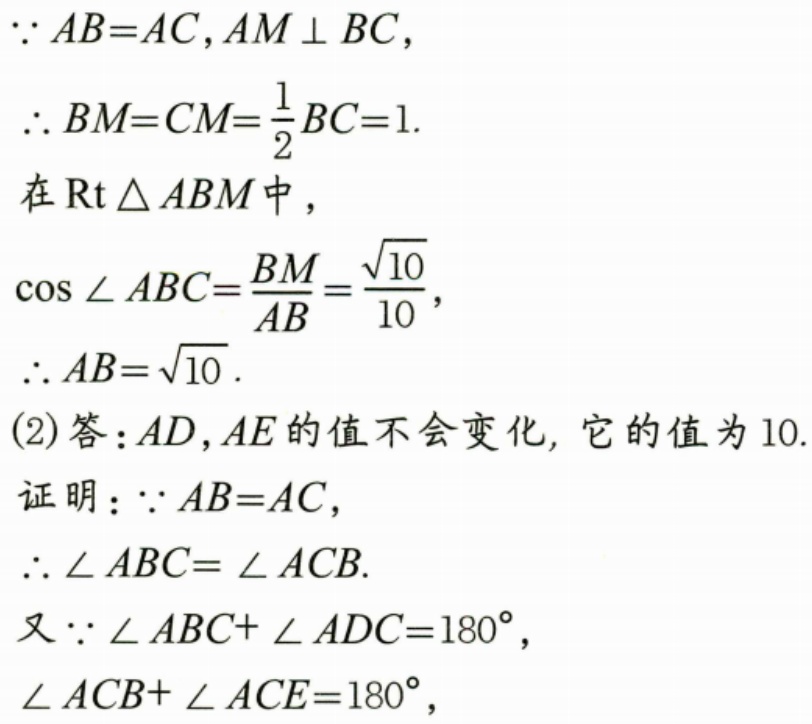
\(\because AB = AC, AM\perp BC\)，
\(\therefore BM = CM=\frac{1}{2}BC = 1.\)
在\(\text{Rt}\triangle ABM\)中，
\(\cos\angle ABC=\frac{BM}{AB}=\frac{\sqrt{10}}{10}\)，
\(\therefore AB = \sqrt{10}.\)
(2) 答：\(AD,AE\)的值不会变化, 它的值为10.
证明：\(\because AB = AC\)，
\(\therefore \angle ABC=\angle ACB.\)
又\(\because \angle ABC+\angle ADC = 180^{\circ}\)，
\(\angle ACB+\angle ACE = 180^{\circ}\)，